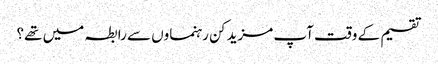
تقسیم کے وقت آپ مزید کن رہنماوں سے رابطہ میں تھے؟